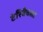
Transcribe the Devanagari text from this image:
टेरिबैचला